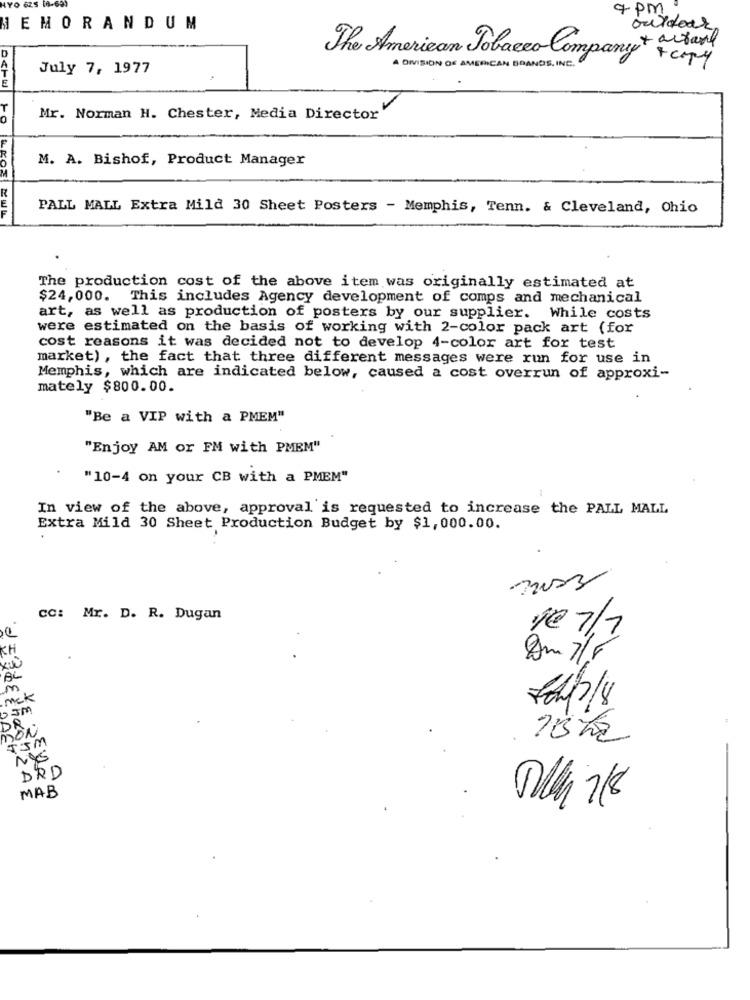
YO 625
9 pm
MEMORANDUM
outdoor
The American Tobacco Company + + copy
July 7, 1977
A DIVISION OF AME
CAN BRANDS, INC.
E
Mr. Norman H. Chester, Media Director'
M. A. Bishof, Product Manager
PALL MALL Extra Mild 30 Sheet Posters - Memphis, Tenn. & Cleveland, Ohio
The production cost of the above item was originally estimated at
$24,000. This includes Agency development of comps and mechanical
art, as well as production of posters by our supplier. While costs
were estimated on the basis of working with 2-color pack art (for
cost reasons it was decided not to develop 4-color art for test
market) , the fact that three different messages were run for use in
Memphis, which are indicated below, caused a cost overrun of approxi-
mately $800.00.
"Be a VIP with a PMEM"
"Enjoy AM or FM with PMEM"
"10-4 on your CB with a PMEM"
In view of the above, approval is requested to increase the PALL MALL
Extra Mild 30 Sheet Production Budget by $1,000.00.
CC: Mr. D. R. Dugan
10 7/7
BL
mck
DE
MON
DRD
1012 A
MAB